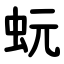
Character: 蚖